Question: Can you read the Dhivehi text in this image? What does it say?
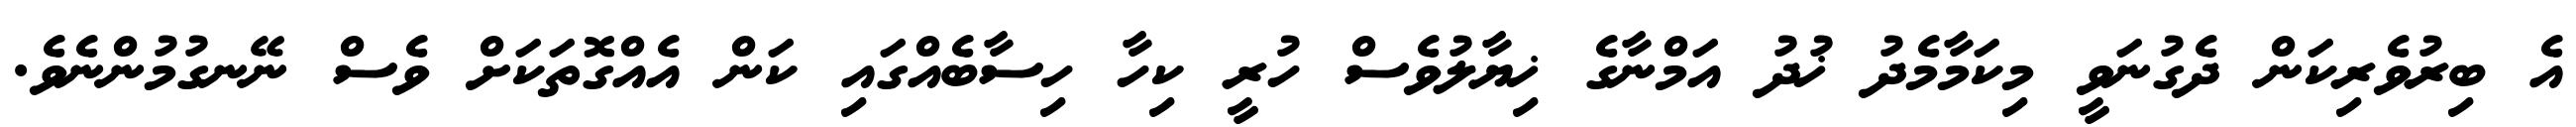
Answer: އެ ބިރުވެރިކަން ދެގުނަވީ މިކަމާމެދު ޚުދު އަމްނާގެ ޚިޔާލުވެސް ހުރީ ކިހާ ހިސާބެއްގައި ކަން އެއްގޮތަކަށް ވެސް ނޭނގުމުންނެވެ.